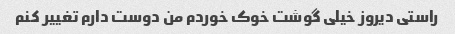
راستی دیروز خیلی گوشت خوک خوردم من دوست دارم تغییر کنم